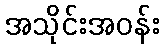
အသိုင်းအဝန်း